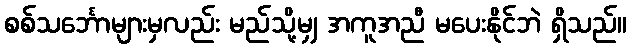
စစ်သင်္ဘောများမှလည်း မည်သို့မျှ အကူအညီ မပေးနိုင်ဘဲ ရှိသည်။